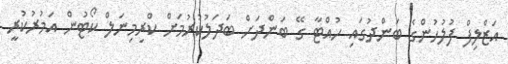
އަޒްލިފް ފުލުހުންގެ ބަންދުގައި ހުއްޓާ ގޭ ބަންދަށް ބަދަލުކުރުމަށް ކްރިމިނަލް ކޯޓުން އަމުރުކުރީ